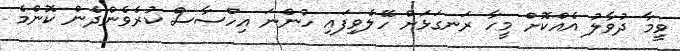
ވީމާ ދުވާލު އެއްކޮށް މީހާ ރަނގަޅަށް ހޭލެވިފައި ހުންނަ އިހްސާސް ކުރެވެންދެން ކޮންމެ